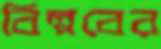
বিল্পবের